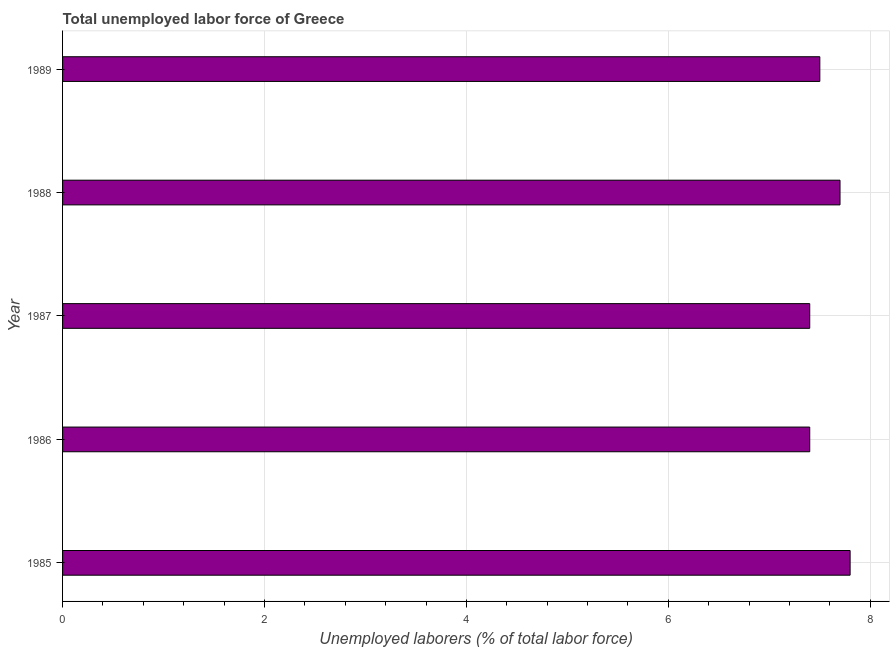
| Year | Unemployment total |
 | --- | --- |
 | 1985 | 7.8 |
 | 1986 | 7.4 |
 | 1987 | 7.4 |
 | 1988 | 7.7 |
 | 1989 | 7.5 |